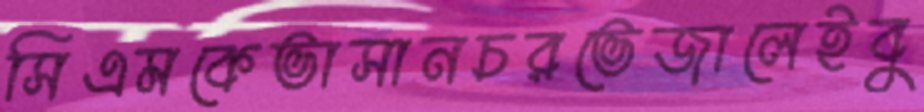
সিএমকেভাসানচরভেজালেইবু